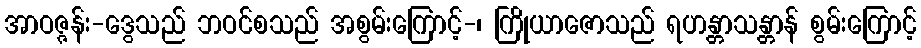
အာဝဇ္ဇန်း-ဒွေသည် ဘဝင်စသည် အစွမ်းကြောင့်-၊ ကြိုယာဇောသည် ရဟန္တာသန္တာန် စွမ်းကြောင့်